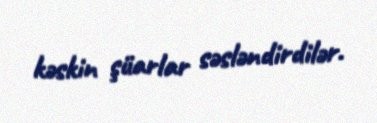
kəskin şüarlar səsləndirdilər.